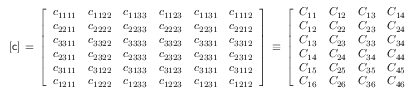
[ { \mathsf { c } } ] \, = \, { \left[ \begin{array} { l l l l l l } { c _ { 1 1 1 1 } } & { c _ { 1 1 2 2 } } & { c _ { 1 1 3 3 } } & { c _ { 1 1 2 3 } } & { c _ { 1 1 3 1 } } & { c _ { 1 1 1 2 } } \\ { c _ { 2 2 1 1 } } & { c _ { 2 2 2 2 } } & { c _ { 2 2 3 3 } } & { c _ { 2 2 2 3 } } & { c _ { 2 2 3 1 } } & { c _ { 2 2 1 2 } } \\ { c _ { 3 3 1 1 } } & { c _ { 3 3 2 2 } } & { c _ { 3 3 3 3 } } & { c _ { 3 3 2 3 } } & { c _ { 3 3 3 1 } } & { c _ { 3 3 1 2 } } \\ { c _ { 2 3 1 1 } } & { c _ { 2 3 2 2 } } & { c _ { 2 3 3 3 } } & { c _ { 2 3 2 3 } } & { c _ { 2 3 3 1 } } & { c _ { 2 3 1 2 } } \\ { c _ { 3 1 1 1 } } & { c _ { 3 1 2 2 } } & { c _ { 3 1 3 3 } } & { c _ { 3 1 2 3 } } & { c _ { 3 1 3 1 } } & { c _ { 3 1 1 2 } } \\ { c _ { 1 2 1 1 } } & { c _ { 1 2 2 2 } } & { c _ { 1 2 3 3 } } & { c _ { 1 2 2 3 } } & { c _ { 1 2 3 1 } } & { c _ { 1 2 1 2 } } \end{array} \right] } \, \equiv \, { \left[ \begin{array} { l l l l l l } { C _ { 1 1 } } & { C _ { 1 2 } } & { C _ { 1 3 } } & { C _ { 1 4 } } & { C _ { 1 5 } } & { C _ { 1 6 } } \\ { C _ { 1 2 } } & { C _ { 2 2 } } & { C _ { 2 3 } } & { C _ { 2 4 } } & { C _ { 2 5 } } & { C _ { 2 6 } } \\ { C _ { 1 3 } } & { C _ { 2 3 } } & { C _ { 3 3 } } & { C _ { 3 4 } } & { C _ { 3 5 } } & { C _ { 3 6 } } \\ { C _ { 1 4 } } & { C _ { 2 4 } } & { C _ { 3 4 } } & { C _ { 4 4 } } & { C _ { 4 5 } } & { C _ { 4 6 } } \\ { C _ { 1 5 } } & { C _ { 2 5 } } & { C _ { 3 5 } } & { C _ { 4 5 } } & { C _ { 5 5 } } & { C _ { 5 6 } } \\ { C _ { 1 6 } } & { C _ { 2 6 } } & { C _ { 3 6 } } & { C _ { 4 6 } } & { C _ { 5 6 } } & { C _ { 6 6 } } \end{array} \right] }